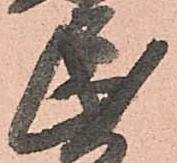
民